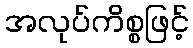
အလုပ်ကိစ္စဖြင့်